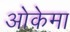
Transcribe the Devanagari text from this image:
ओकेमा